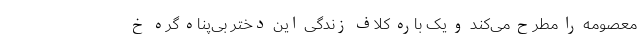
معصومه را مطرح می‌کند و یک باره کلاف زندگی این دختر بی‌پناه گره خ